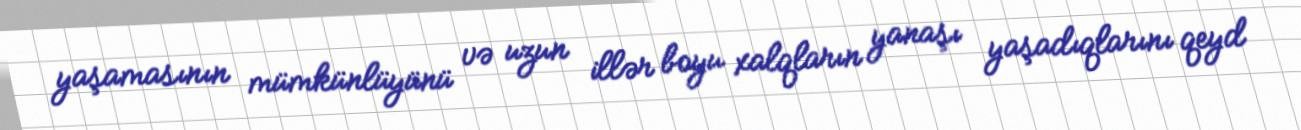
yaşamasının mümkünlüyünü və uzun illər boyu xalqların yanaşı yaşadıqlarını qeyd